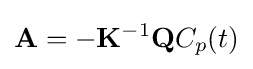
\mathbf {A} =-\mathbf {K} ^{-1}\mathbf {Q} C_{p}(t)